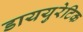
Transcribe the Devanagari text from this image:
डाययुरेटिक